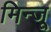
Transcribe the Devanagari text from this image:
मिन्जू